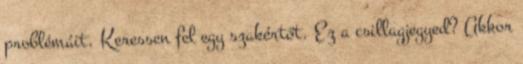
problémáit. Keressen fel egy szakértőt. Ez a csillagjegyed? Akkor